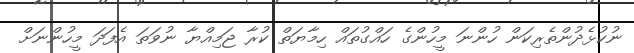
ނުކުޅެދުންތެރިކަން ހުންނަ މީހުންގެ ހައްގުތައް ހިމާޔަތް ކުރާ ޖަމިއްޔާ ނުވަތަ އެފަދަ މީހުންނަށް